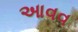
આવવ